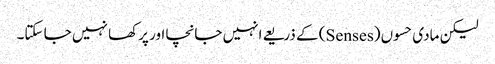
لیکن مادی حسوں (Senses) کے ذریعے انہیں جانچا اور پرکھا نہیں جا سکتا۔